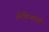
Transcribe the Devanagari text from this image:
अरेबिआची